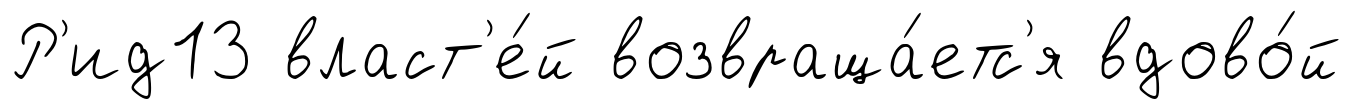
Р'ид13 власт'е́й возвраща́етс'я вдово́й